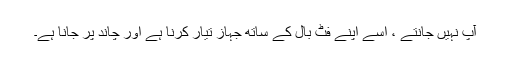
آپ نہیں جانتے ، اسے اپنے فٹ بال کے ساتھ جہاز تیار کرنا ہے اور چاند پر جانا ہے۔